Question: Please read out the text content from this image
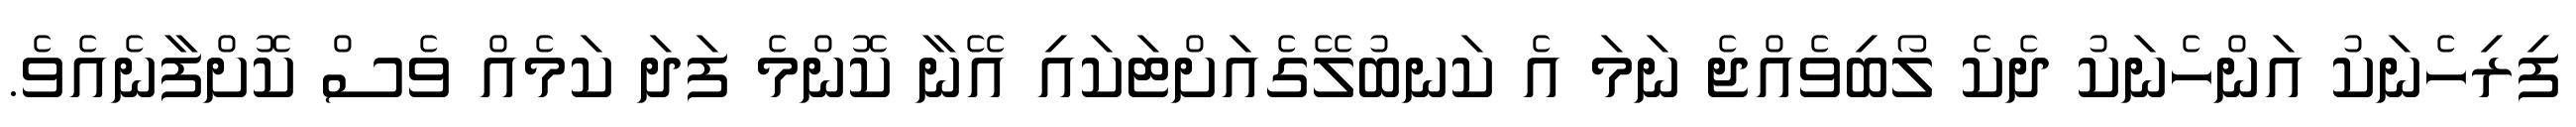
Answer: ފިރިހެނަކު އަންހެނަކު ދެކެ ލޯބިވެއްޖެ ނަމަ އެ ކަނބުލޭގެއަށްޓަކައި އޭނާ ކޮންމެ ފަދަ ކަމެއް ވެސް ކޮށްފާނެއެވެ.